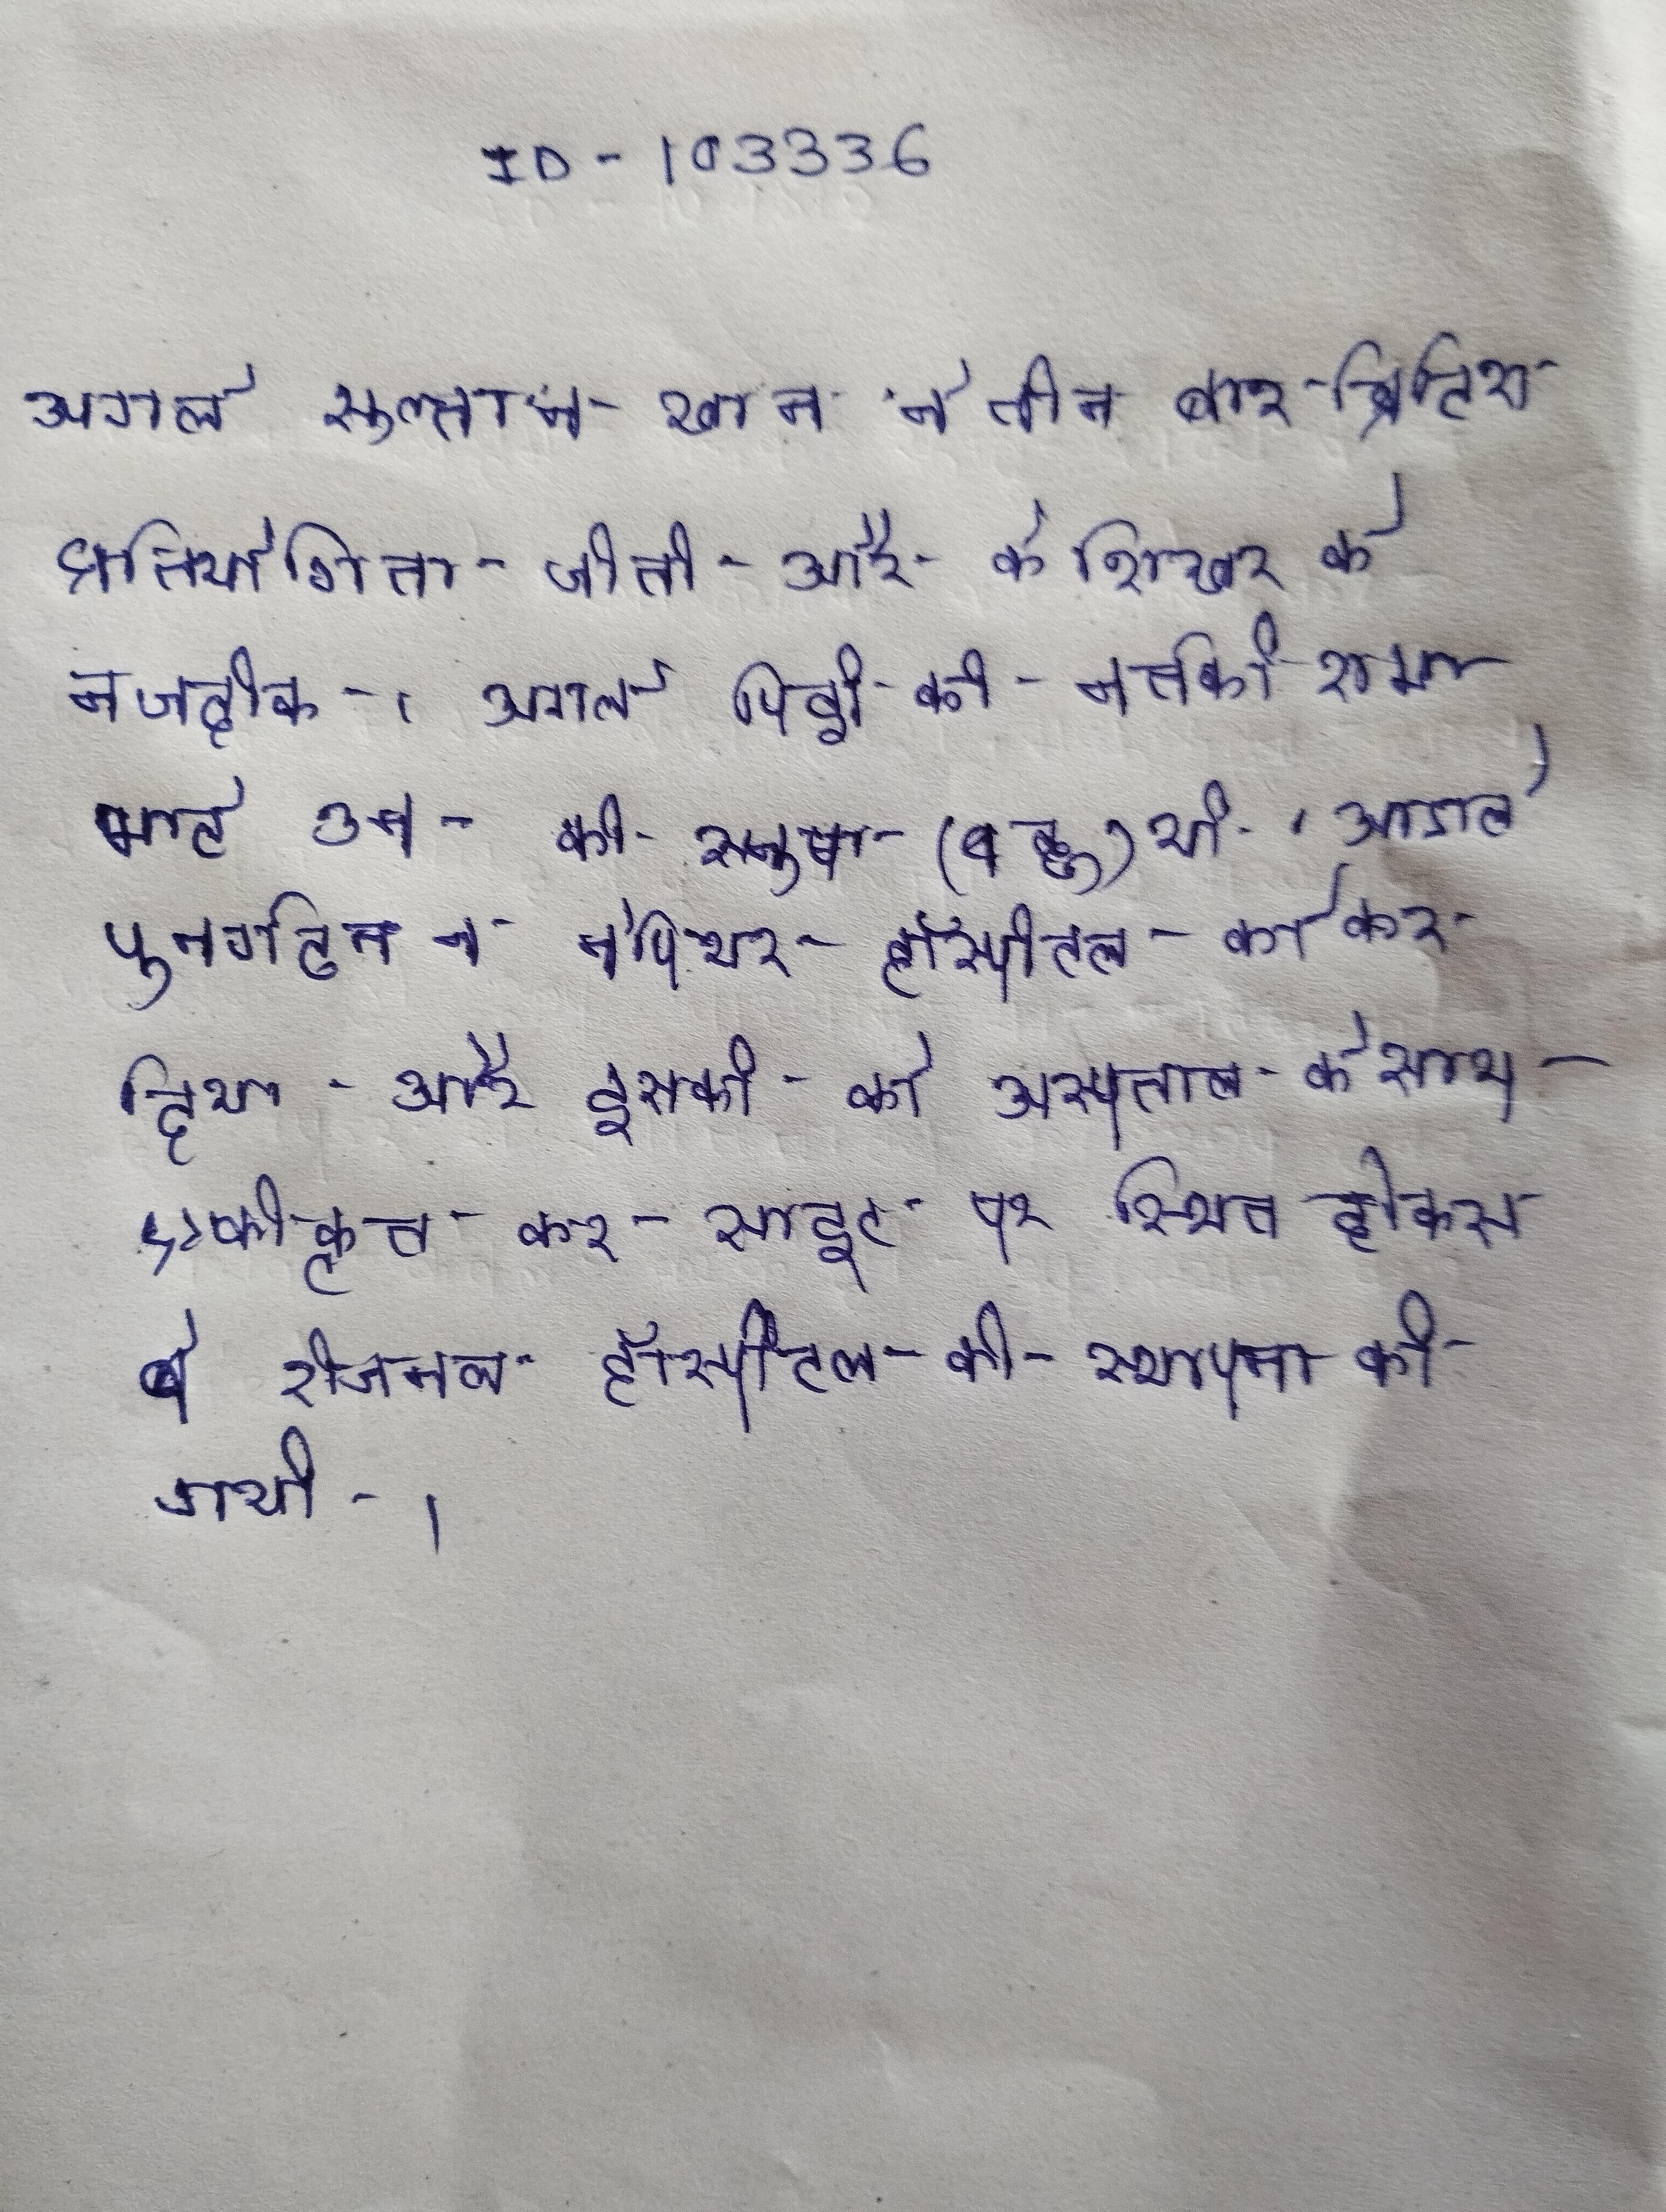
अगले सुल्तान खान ने तीन बार ब्रिटिश प्रतियोगिता जीती और के शिखर के नजदीक । अगले पिढी की नर्तकी शमा भाटे उन की स्नुषा (बहू) थी । अगले पुनर्गठन ने नेपियर हॉस्पीटल को कर दिया और इसकी को अस्पताल के साथ एकीकृत कर साइट पर स्थित होक्स बे रीजनल हॉस्पीटल की स्थापना की गयी ।